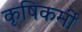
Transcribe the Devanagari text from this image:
कृषिकर्मी